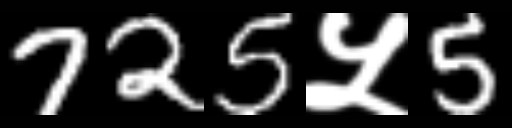
Text: 725५5